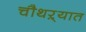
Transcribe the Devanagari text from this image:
चौथऱ्यात